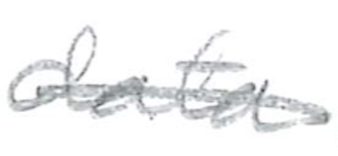
Text: data
Cross-out: mix
Writing tool: pencil